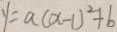
y = a ( x - 1 ) ^ { 2 } + b